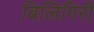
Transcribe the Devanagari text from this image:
बिलिगिरी